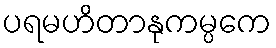
ပရမဟိတာနုကမ္ပကေ